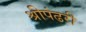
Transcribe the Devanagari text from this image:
श्रीपंढरी